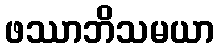
ဖဿာဘိသမယာ